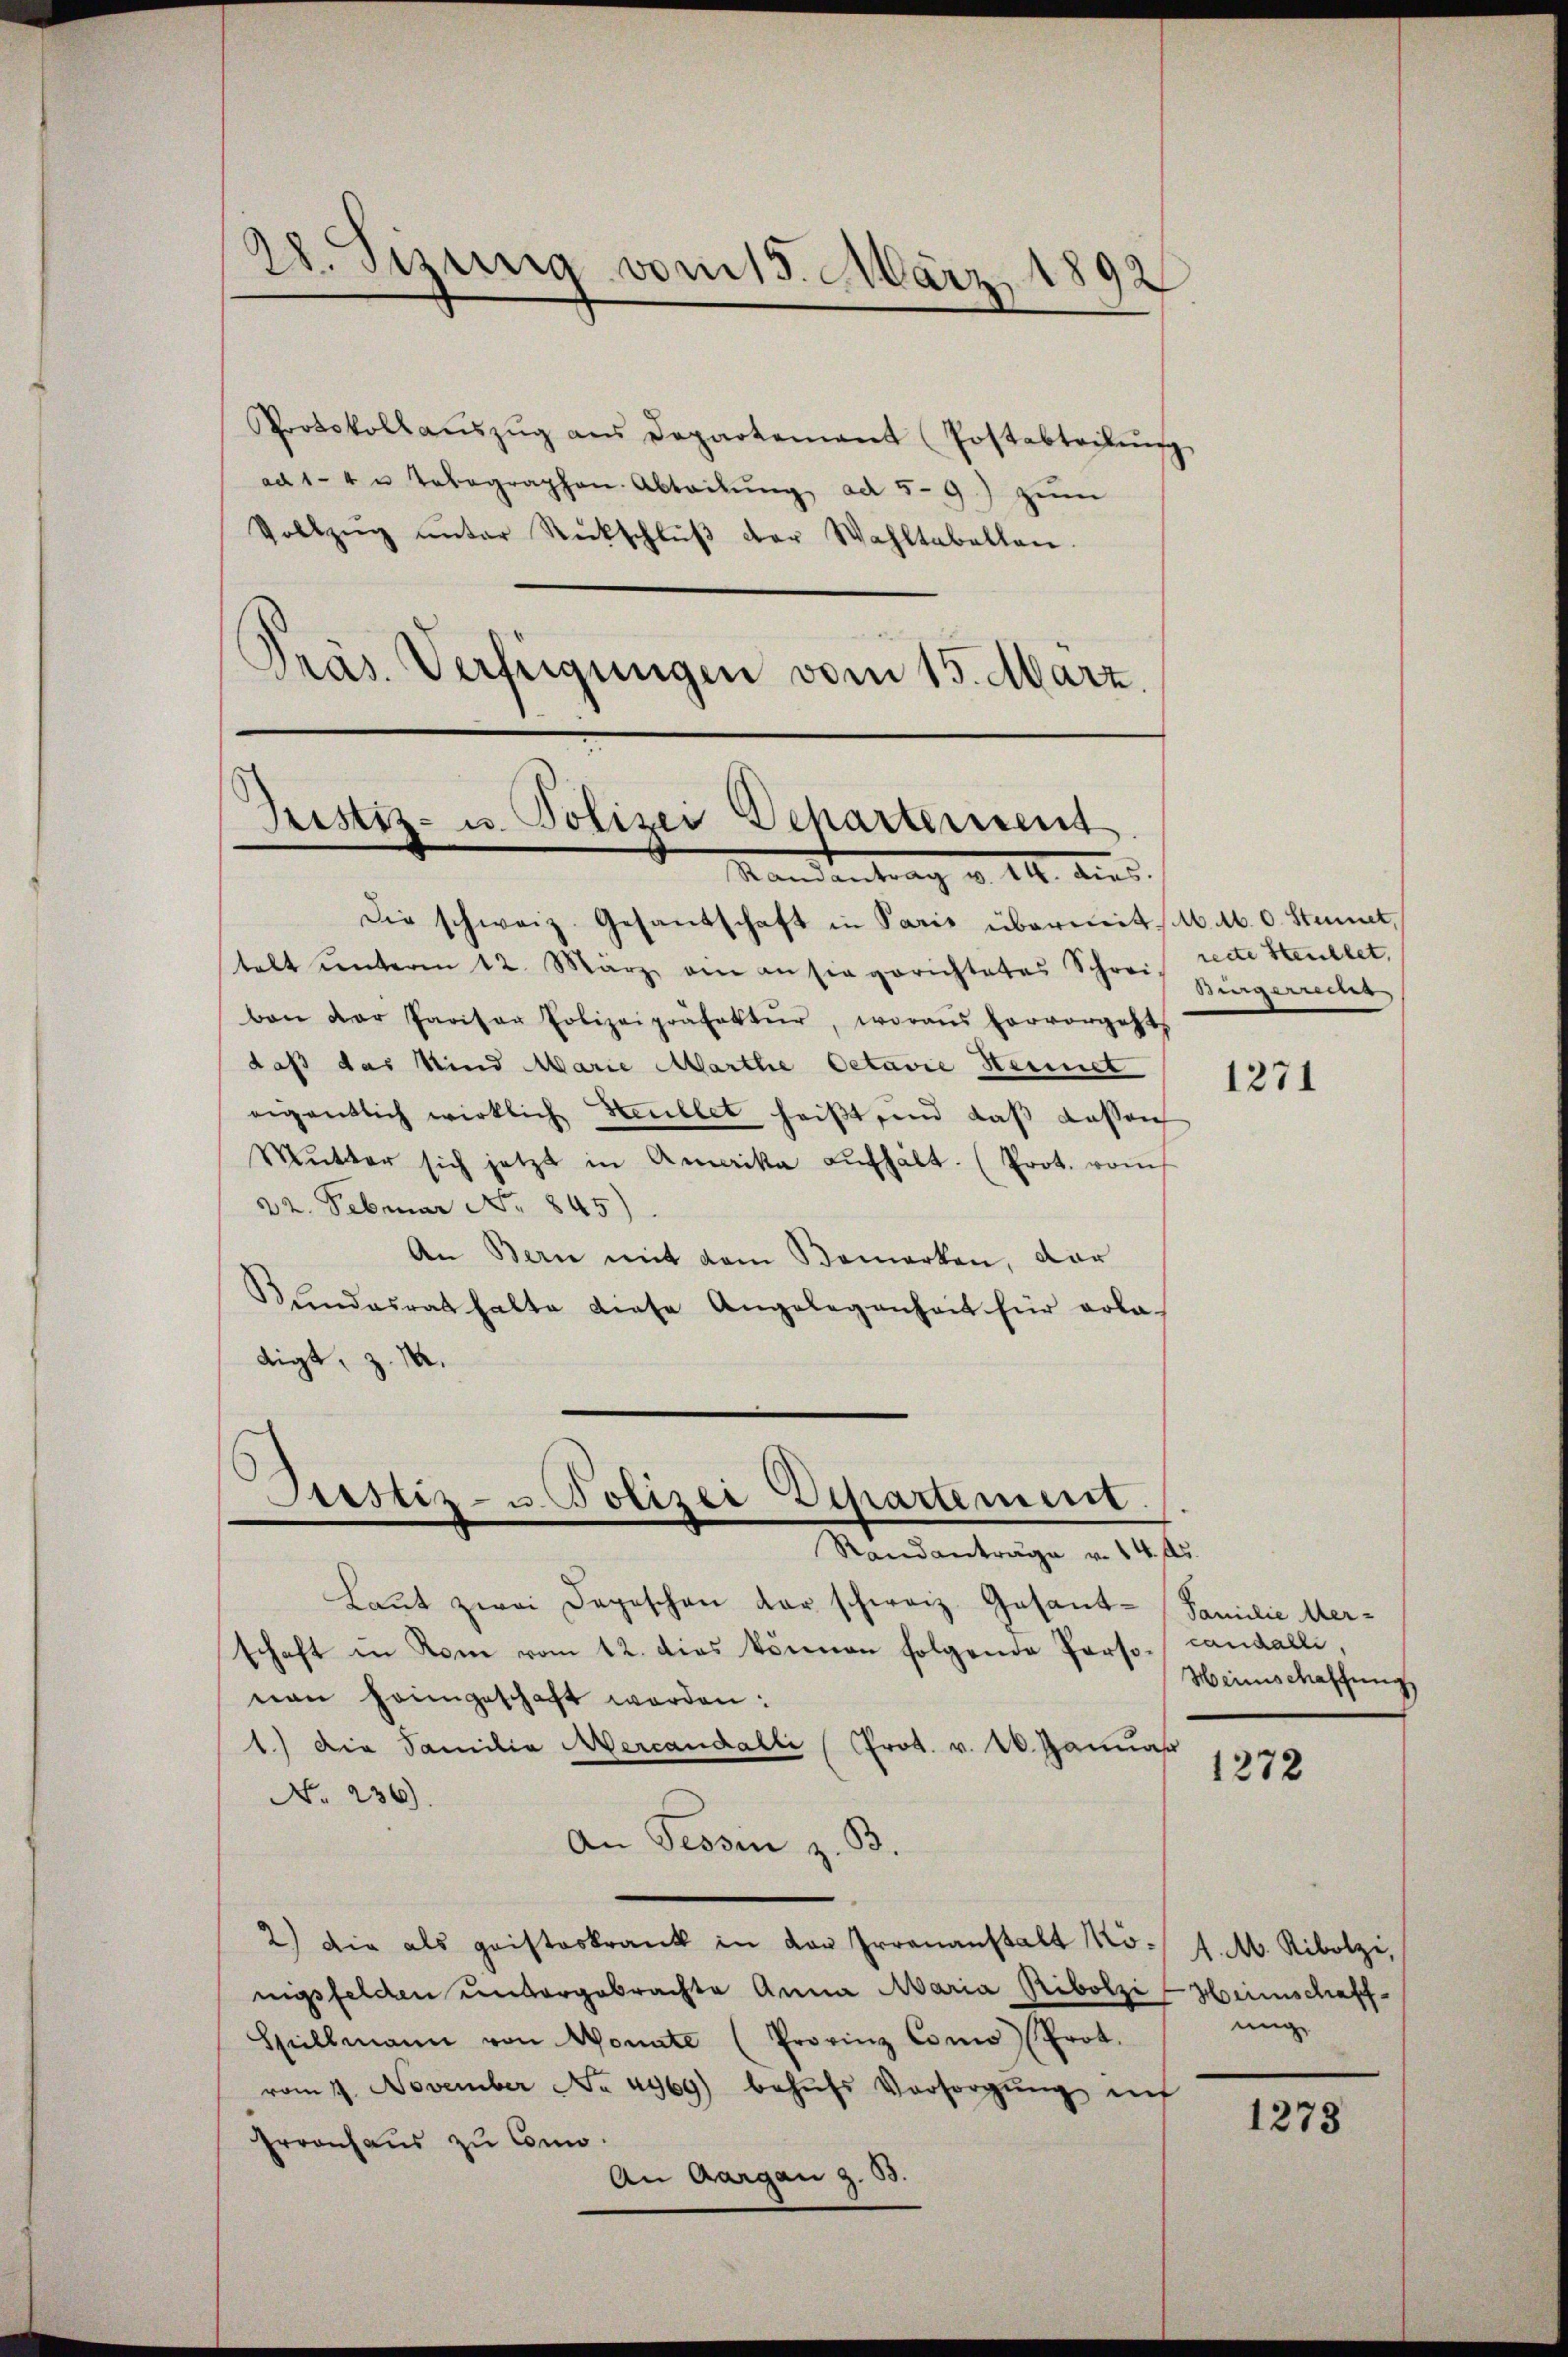
d
cr. gesung vom 15. März 1892
.

Protokollaŭszŭg aŭs Departement (Postabteilŭng
ad 1-4 u telegraphen. Abteilŭng ad 5- 9) zum
Vollzŭg ŭnter Rückschlŭβ der Wahltabellen.
Präs. Verfeigungen vom 15. März.

Die schweiz. Gesandtschaft in Paris übermit M. Ab. 0. Stimmet,
stalt unterm 12. März ein an sie gerichtetes Schweis recte Steullet,
ben der Paritor Polizeipräfektŭr, woraus hervorgeht
daß das Kind Marie Marthe Octavie Hennet
eigentlich wirklich Heullet heißt, und daß dassen
Mŭtter sich jetzt in Amerika aŭfhält. (Prot. vom
22. Februar No. 845)
An Bern mit dem Bemerken, dar
Kundesrat halte diese Angelegenheit für erla
digt, z. 14.

Ristiz- u. Polizei Departement
Handentrag v. III. dies

Prestiz- u Polizei Departement
Randantrage v. 14. ds.

Laŭt zwei Depeschen der schweiz. Gesandschaft in Rom vom 12. dies können folgende Perso- candalli,
nen heimgeschaft werden:
1.) Die Familia Mercandalli (Prot. v. 26. Januar
No. 236).
An Tessin z.
33.
2.) Die als geisteskrank in von Irrenanstalt Mönigsfelden untergebrachte Anna Maria Ribolzi-Heimschaff-
Spillmann von Monate (Provinz Como (Prot.
vom 11. November No. 4969) behŭfs Vorsorgŭng inf
Froonhaus zu Conno.
An Aargau z. 33.

Bergerren

1271

Familie Mer¬
Heinschaffung

1272

1. M. Ribolzi,
uig

1278